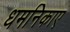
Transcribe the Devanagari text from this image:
धमनिकाए